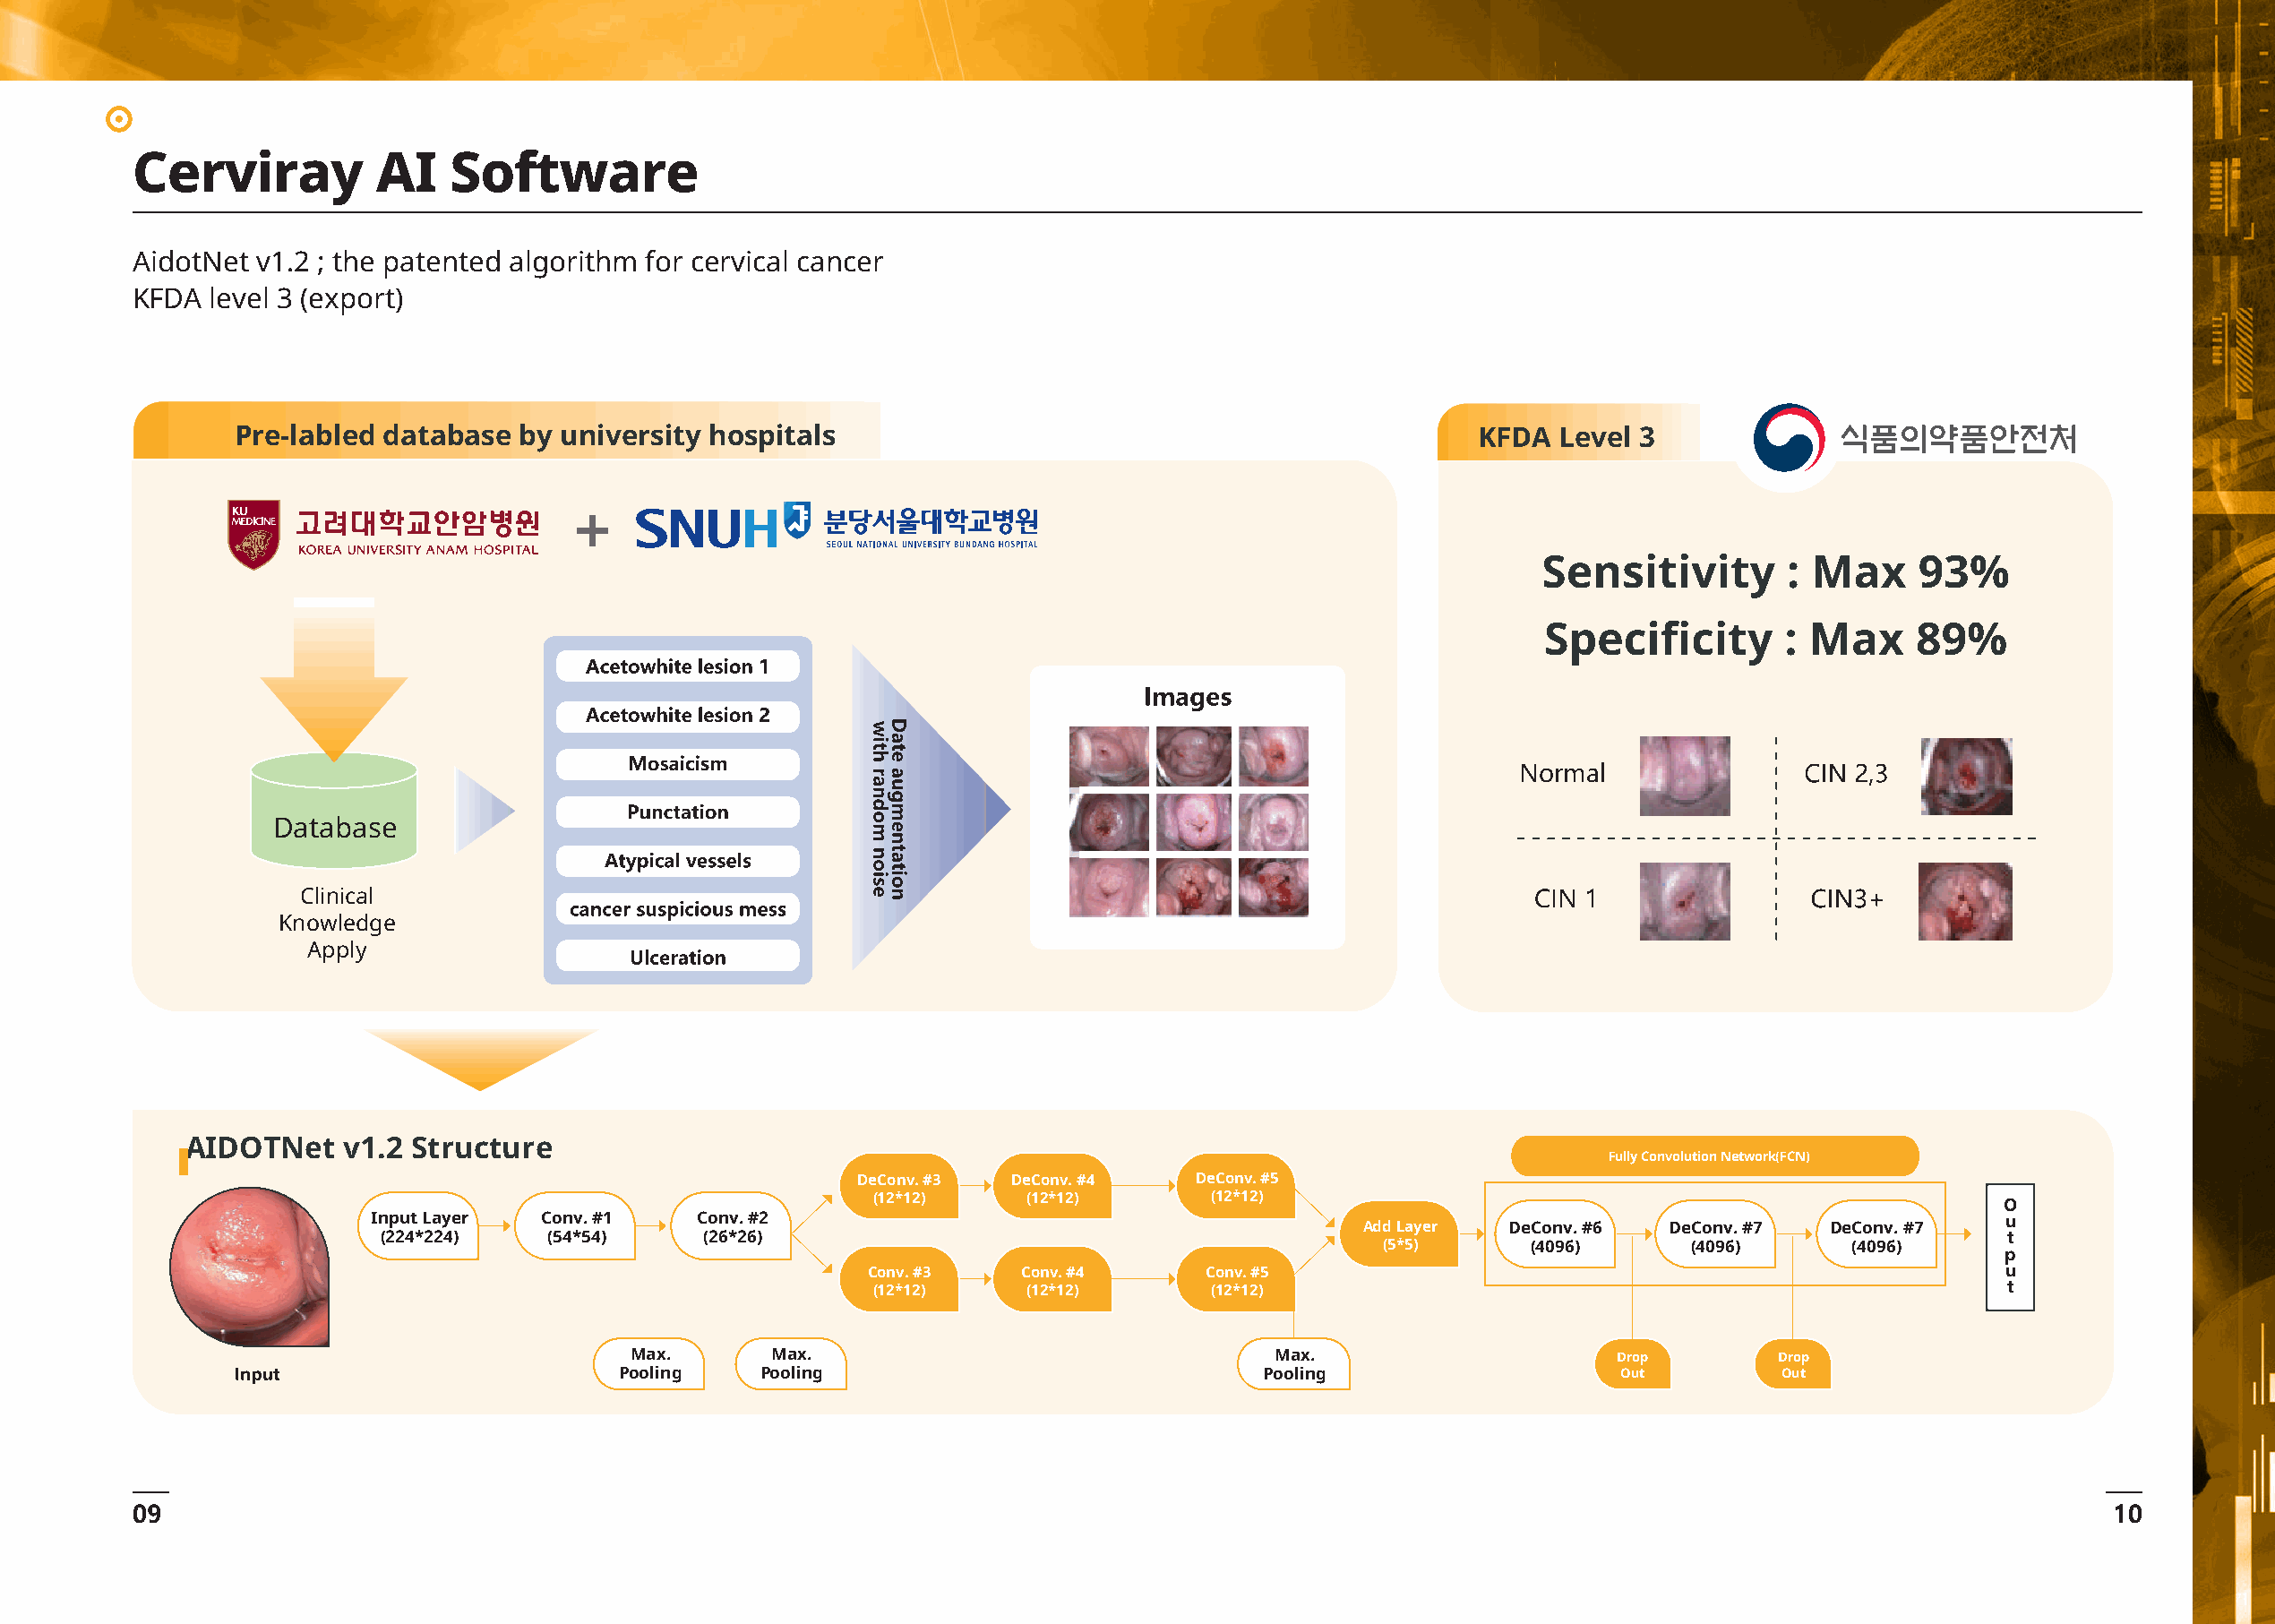
Cerviray          AI   Software
 AidotNet v1.2 ; the patented algorithm for cervical cancer
 KFDA  level 3 (export)
 Pre-labled database  by university hospitals                                                KFDA  Level 3
 +
 Sensitivity       : Max     93%
 Specificity       : Max     89%
 Normal
 Database
 Clinical                                                                                   CIN 1
 Knowledge
 Apply
 AIDOTNet   v1.2 Structure
 Fully Convolution Network(FCN)
 DeConv. #3  DeConv. #4   DeConv. #5
 (12*12)    (12*12)      (12*12)
 O
 Input Layer  Conv. #1    Conv. #2                                                                                        u
 Add Layer DeConv. #6  DeConv. #7  DeConv. #7
 (224*224)   (54*54)     (26*26)                                                                                         t
 (5*5)      (4096)      (4096)      (4096)
 p
 Conv. #3   Conv. #4      Conv. #5                                                   u
 (12*12)    (12*12)      (12*12)                                                    t
 Max.      Max.                                 Max.                     Drop        Drop
 Pooling   Pooling                              Pooling                    Out         Out
 09                                                                                                                                                10